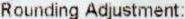
ROUNDING ADJUSTMENT: